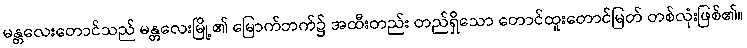
မန္တလေးတောင်သည် မန္တလေးမြို့၏ မြောက်ဘက်၌ အထီးတည်း တည်ရှိသော တောင်ထူးတောင်မြတ် တစ်လုံးဖြစ်၏။